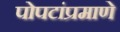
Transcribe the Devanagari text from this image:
पोपटांप्रमाणे